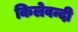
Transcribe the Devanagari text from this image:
किलेवन्दी